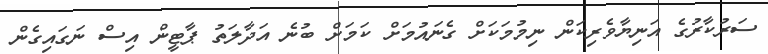
ސަރުކާރުގެ އަނިޔާވެރިކަން ނިމުމަކަށް ގެނައުމަށް ކަމަށް ބުނެ އަދާލަތު ޕާޓީން އިސް ނަގައިގެން